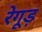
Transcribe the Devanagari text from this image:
रेगूड़